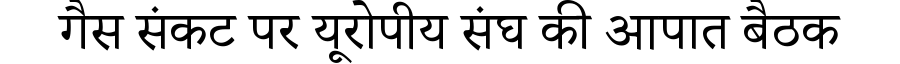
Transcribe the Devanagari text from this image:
गैस संकट पर यूरोपीय संघ की आपात बैठक